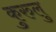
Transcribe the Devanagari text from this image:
कुरुलु